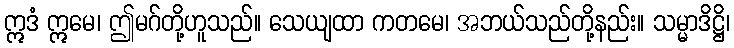
ဣဒံ ဣမေ၊ ဤမဂ်တို့ဟူသည်။ သေယျထာ ကတမေ၊ အဘယ်သည်တို့နည်း။ သမ္မာဒိဋ္ဌိ၊